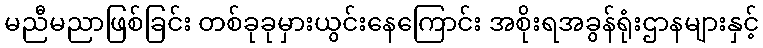
မညီမညာဖြစ်ခြင်း တစ်ခုခုမှားယွင်းနေကြောင်း အစိုးရအခွန်ရုံးဌာနများနှင့်